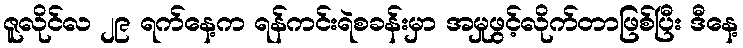
ဇူလိုင်လ ၂၉ ရက်နေ့က ရန်ကင်းရဲစခန်းမှာ အမှုဖွင့်လိုက်တာဖြစ်ပြီး ဒီနေ့